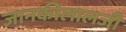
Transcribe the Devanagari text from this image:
जानकीलालजी